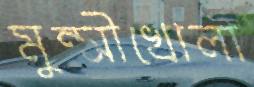
মুন্সীখোলা